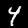
Digit: 4